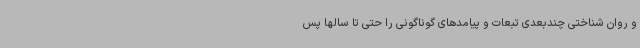
و روان شناختی چندبعدی تبعات و پیامدهای گوناگونی را حتی تا سالها پس